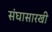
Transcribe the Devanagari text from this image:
संघासारखी